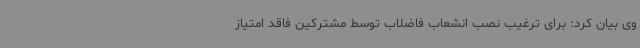
وی بیان کرد: برای ترغیب نصب انشعاب فاضلاب توسط مشترکین فاقد امتیاز